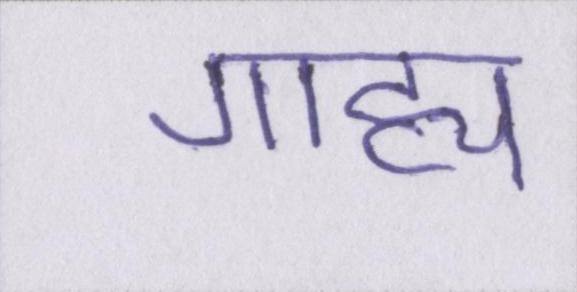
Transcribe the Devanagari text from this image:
गाह्य